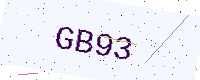
Text: GB93